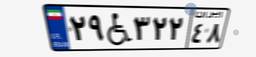
۹۴W۰۶۲۷۷